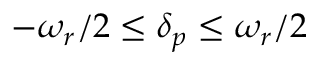
- \omega _ { r } / 2 \leq \delta _ { p } \leq \omega _ { r } / 2